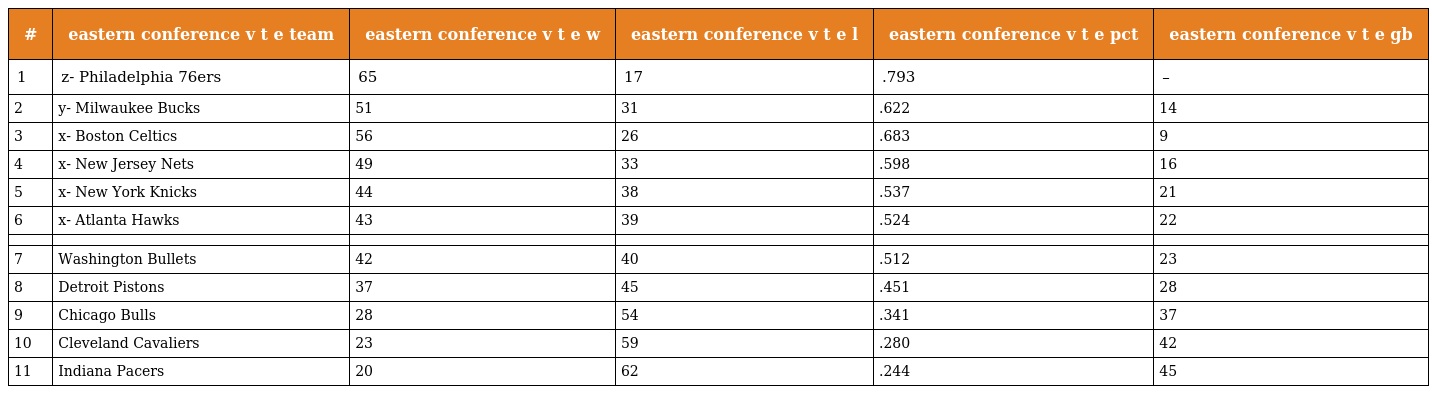
| # | eastern conference v t e team | eastern conference v t e w | eastern conference v t e l | eastern conference v t e pct | eastern conference v t e gb |
 | --- | --- | --- | --- | --- | --- |
 | 1 | z- Philadelphia 76ers | 65 | 17 | .793 | – |
 | 2 | y- Milwaukee Bucks | 51 | 31 | .622 | 14 |
 | 3 | x- Boston Celtics | 56 | 26 | .683 | 9 |
 | 4 | x- New Jersey Nets | 49 | 33 | .598 | 16 |
 | 5 | x- New York Knicks | 44 | 38 | .537 | 21 |
 | 6 | x- Atlanta Hawks | 43 | 39 | .524 | 22 |
 |  |  |  |  |  |  |
 | 7 | Washington Bullets | 42 | 40 | .512 | 23 |
 | 8 | Detroit Pistons | 37 | 45 | .451 | 28 |
 | 9 | Chicago Bulls | 28 | 54 | .341 | 37 |
 | 10 | Cleveland Cavaliers | 23 | 59 | .280 | 42 |
 | 11 | Indiana Pacers | 20 | 62 | .244 | 45 |